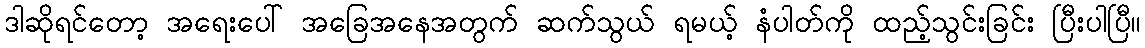
ဒါဆိုရင်တော့ အရေးပေါ် အခြေအနေအတွက် ဆက်သွယ် ရမယ့် နံပါတ်ကို ထည့်သွင်းခြင်း ပြီးပါပြီ။